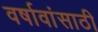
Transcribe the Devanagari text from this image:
वर्षावांसाठी